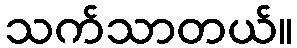
သက်သာတယ်။